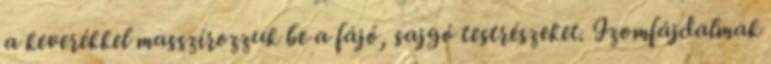
a keverékkel masszírozzuk be a fájó, sajgó testrészeket. Izomfájdalmak